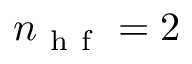
n _ { \mathrm { ~ h ~ f ~ } } = 2